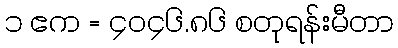
၁ ဧက = ၄၀၄၆.၈၆ စတုရန်းမီတာ